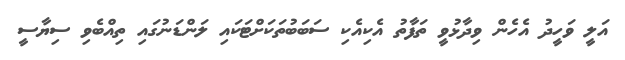
އަލީ ވަހީދު އެހެން ވިދާޅުވީ ތަފާތު އެކިއެކި ސަބަބުތަކަށްޓަކައި ލަންޑަނުގައި ތިއްބެވި ސިޔާސީ